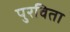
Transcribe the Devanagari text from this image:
पुरविता